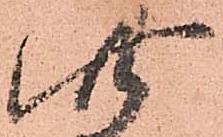
此